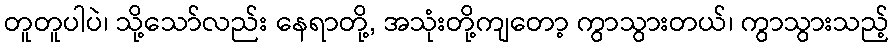
တူတူပါပဲ၊ သို့သော်လည်း နေရာတို့, အသုံးတို့ကျတော့ ကွာသွားတယ်၊ ကွာသွားသည့်